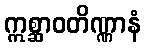
ဣစ္ဆာဝတိဏ္ဏာနံ